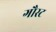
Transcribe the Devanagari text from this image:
गौस्ट